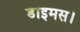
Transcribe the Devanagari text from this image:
डाइमस।